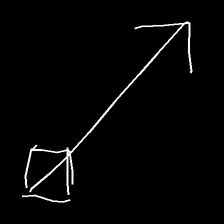
Glyph: focus